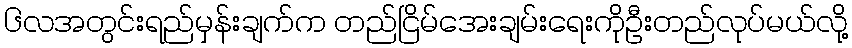
၆လအတွင်းရည်မှန်းချက်က တည်ငြိမ်အေးချမ်းရေးကိုဦးတည်လုပ်မယ်လို့